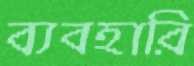
ব্যবহারি